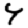
Digit: 4